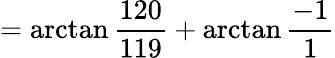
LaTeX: =\arctan{\frac{120}{119}}+\arctan{\frac{-1}{1}}